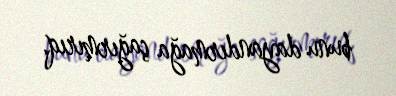
bunu dayandırmağa çağırmırıq.